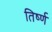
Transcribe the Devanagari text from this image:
तिर्ष्ण